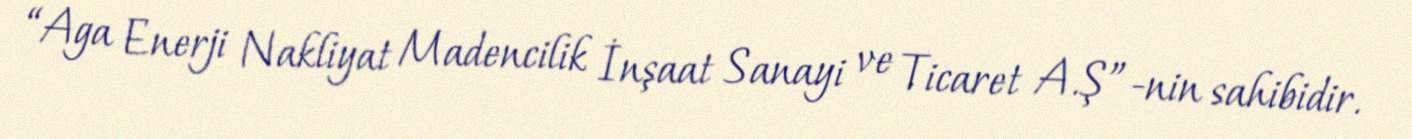
“Aga Enerji Nakliyat Madencilik İnşaat Sanayi ve Ticaret A.Ş”-nin sahibidir.